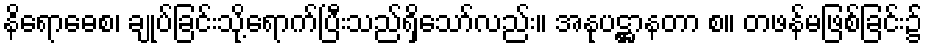
နိရောဓေစ၊ ချုပ်ခြင်းသို့ရောက်ပြီးသည်ရှိသော်လည်း။ အနုပဋ္ဌာနတာ စ။ တဖန်မဖြစ်ခြင်း၌